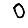
Digit: 0